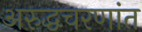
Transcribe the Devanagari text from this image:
अरुद्धचरणांत